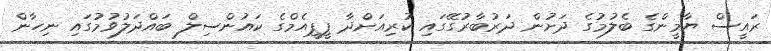
ރައީސް ޔާމީންގެ ބެލުމުގެ ދަށުން ދަރުބާރުގޭގައި ކުރިއަށްދާ ޕީޕީއެމްގެ ކައުންސިލް ބައްދަލުވުމުގައި ނިހާން